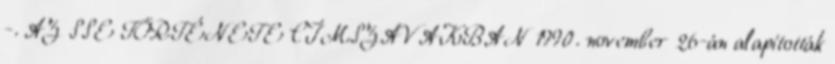
-. AZ SSE TÖRTÉNETE CÍMSZAVAKBAN 1990. november 26-án alapították